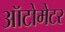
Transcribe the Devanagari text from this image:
ऑटोमेटर